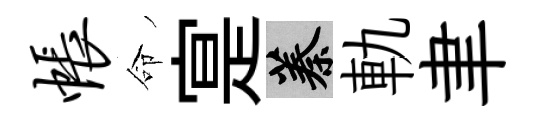
帐命寔蓁軌聿